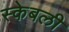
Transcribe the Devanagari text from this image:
स्केबली